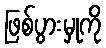
ဖြစ်ပွားမှုကို